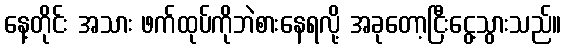
နေ့တိုင်း အသား ဖက်ထုပ်ကိုဘဲစားနေရလို့ အခုတော့ငြီးငွေ့သွားသည်။